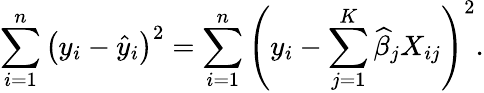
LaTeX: \sum_{i=1}^{n}\left(y_{i}-{\widehat{y}}_{i}\right)^{2}=\sum_{i=1}^{n}\left(y_{i}-\sum_{j=1}^{K}{\widehat{\beta}}_{j}X_{ij}\right)^{2}.